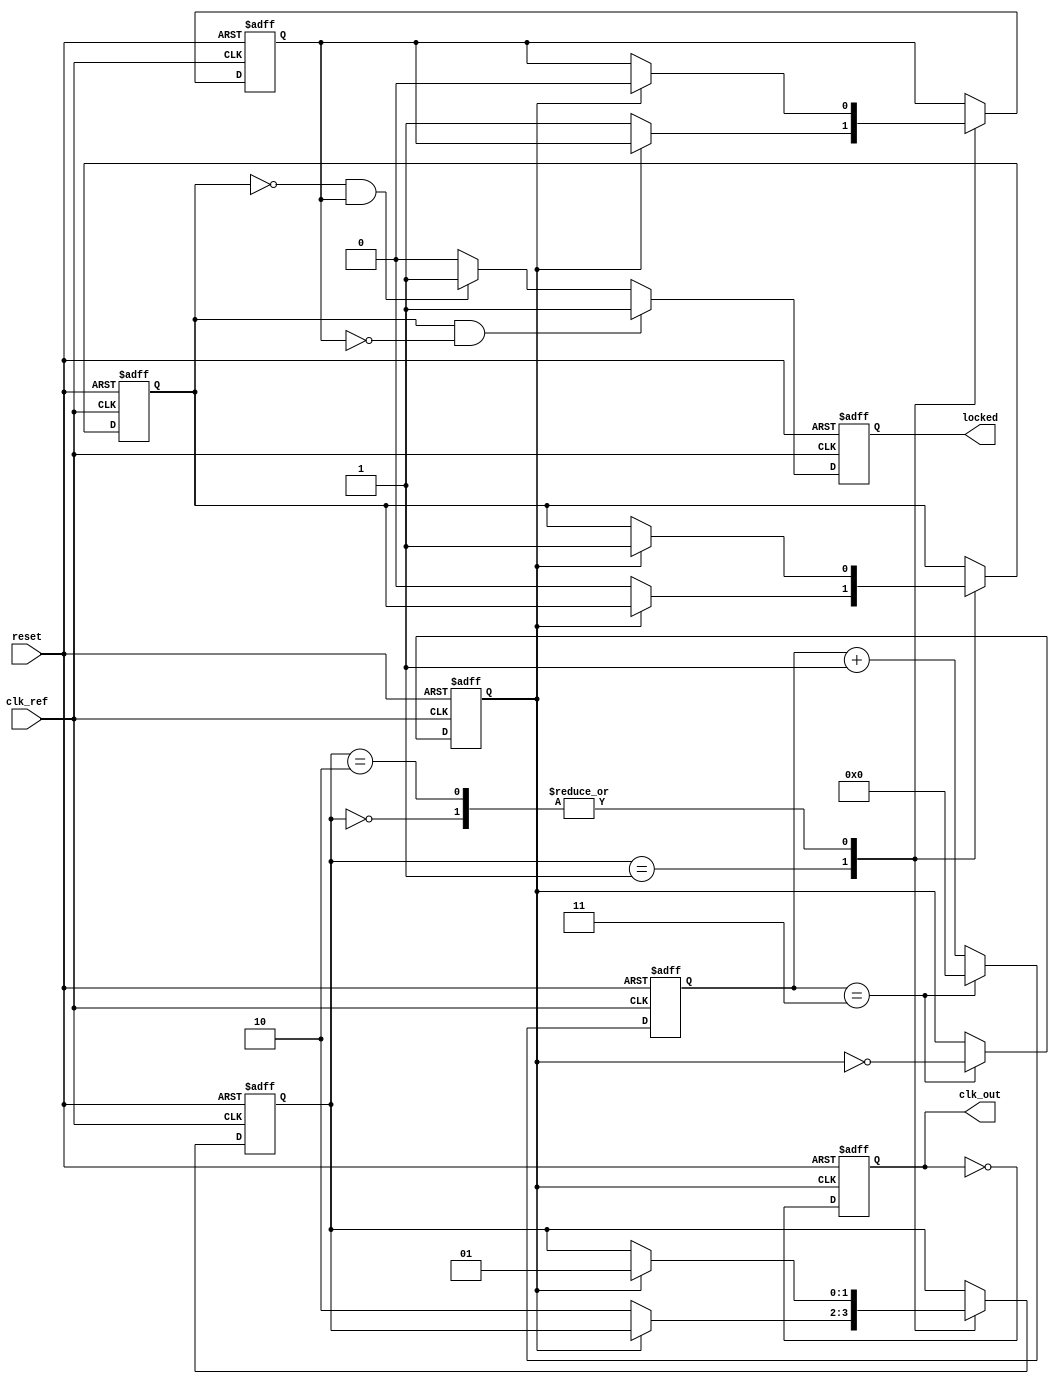
module integer_n_pll (
    input wire clk_ref,       // Reference clock input
    input wire reset,         // Asynchronous reset
    output wire clk_out,      // PLL output clock
    output wire locked        // Lock indicator
);

    // Parameters
    parameter N = 4;          // Integer division factor
    parameter CP_CURRENT = 1; // Charge pump current (arbitrary units)
    
    // Internal signals
    reg [1:0] pfd_state;      // PFD state
    reg up, down;             // Control signals from PFD
    reg [7:0] cp_output;      // Charge pump output voltage
    reg [7:0] vco_output;     // VCO output frequency
    reg [7:0] loop_filter;     // Loop filter output
    reg [3:0] divider_count;  // Divider count
    reg clk_div;              // Divided clock output
    reg clk_out_reg;          // Output clock register
    reg locked_reg;           // Lock status register

    // PFD logic
    always @(posedge clk_ref or posedge reset) begin
        if (reset) begin
            pfd_state <= 2'b00;
            up <= 0;
            down <= 0;
        end else begin
            // Simple PFD logic
            case (pfd_state)
                2'b00: begin // Initial state
                    if (clk_div) begin
                        up <= 1;
                        down <= 0;
                        pfd_state <= 2'b01; // Move to state 1
                    end
                end
                2'b01: begin // Up state
                    if (!clk_div) begin
                        up <= 0;
                        down <= 1;
                        pfd_state <= 2'b10; // Move to state 2
                    end
                end
                2'b10: begin // Down state
                    if (clk_div) begin
                        up <= 1;
                        down <= 0;
                        pfd_state <= 2'b01; // Move back to state 1
                    end
                end
            endcase
        end
    end

    // Charge Pump logic
    always @(posedge clk_ref or posedge reset) begin
        if (reset) begin
            cp_output <= 0;
        end else begin
            if (up) begin
                cp_output <= cp_output + CP_CURRENT; // Charge
            end else if (down) begin
                cp_output <= cp_output - CP_CURRENT; // Discharge
            end
        end
    end

    // Loop Filter (simple first-order)
    always @(posedge clk_ref or posedge reset) begin
        if (reset) begin
            loop_filter <= 0;
        end else begin
            loop_filter <= cp_output; // Directly use charge pump output
        end
    end

    // VCO (simple model)
    always @(posedge clk_ref or posedge reset) begin
        if (reset) begin
            vco_output <= 0;
        end else begin
            vco_output <= loop_filter; // Control frequency based on loop filter
        end
    end

    // Frequency Divider
    always @(posedge clk_ref or posedge reset) begin
        if (reset) begin
            divider_count <= 0;
            clk_div <= 0;
        end else begin
            if (divider_count == (N - 1)) begin
                clk_div <= ~clk_div; // Toggle divided clock
                divider_count <= 0;   // Reset counter
            end else begin
                divider_count <= divider_count + 1; // Increment counter
            end
        end
    end

    // Output clock generation
    always @(posedge clk_div or posedge reset) begin
        if (reset) begin
            clk_out_reg <= 0;
        end else begin
            clk_out_reg <= ~clk_out_reg; // Toggle output clock
        end
    end

    // Lock detection (simple implementation)
    always @(posedge clk_ref or posedge reset) begin
        if (reset) begin
            locked_reg <= 0;
        end else begin
            // Simple lock detection logic
            if (up && !down) begin
                locked_reg <= 1; // Locked if only UP signal is active
            end else if (!up && down) begin
                locked_reg <= 1; // Locked if only DOWN signal is active
            end else begin
                locked_reg <= 0; // Not locked
            end
        end
    end

    // Assign outputs
    assign clk_out = clk_out_reg;
    assign locked = locked_reg;

endmodule